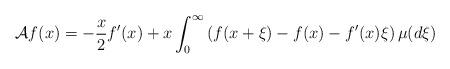
LaTeX: \begin{align*} \mathcal{A}f(x) = - \frac{x}{2} f'(x) + x \int_0^\infty \left(f(x + \xi) - f(x) - f'(x)\xi\right)\mu(d\xi) \end{align*}